Distribution and causation of leprosy in British India
Year: 1875
Disease focus: Leprosy
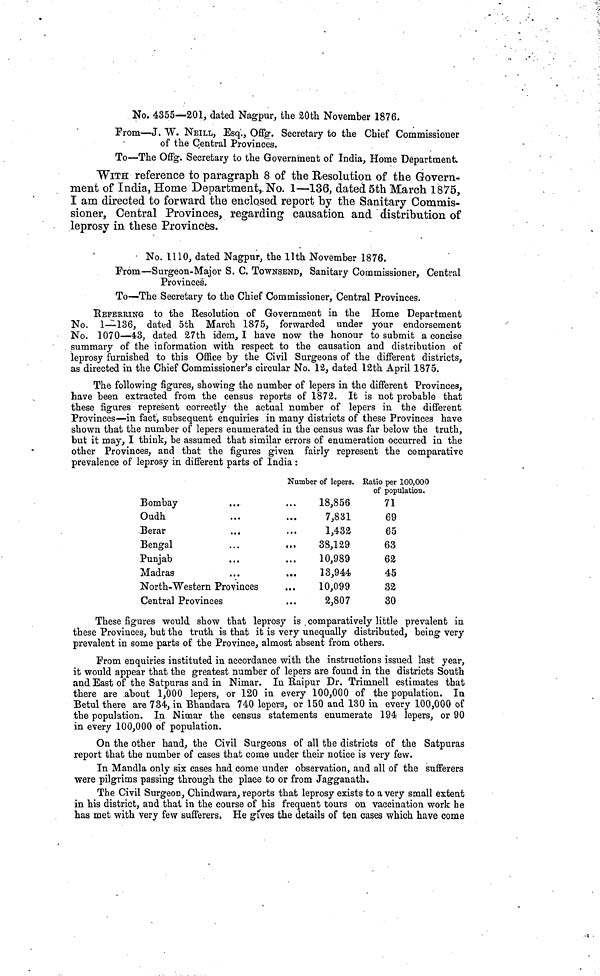
No. 4355—201., dated Nagpur, the 20th November 1876.
From—J. W. NEILL, Esq., Offg. Secretary to the Chief Commissioner
of the Central Provinces.
To—The Offg. Secretary to the Government of India, Home Department,
WITH reference to paragraph 8 of the Resolution of the Govern-
ment of India, Home Department, No. 1—136, dated 5th March 1875,
I am directed to forward the enclosed report hy the Sanitary Commis-
sioner, Central Provinces, regarding causation and distribution of
leprosy in these Provinces.
No. 1110, dated Nagpur, the llth November 1876.
From—Surgeon-Major S. C. TOWNSEND, Sanitary Commissioner, Central
Provinces.
To—The Secretary to the Chief Commissioner, Central Provinces.
REFERRING to the Resolution of Government in the Home Department
No. 1—136, dated 5th March 1875, forwarded under your endorsement
No. 1070—43, dated 27th idem, I have now the honour to submit a concise
summary of the information with respect to the causation and distribution of
leprosy furnished to this Office by the Civil Surgeons of the different districts,
as directed in the Chief Commissioner's circular No. 12, dated 12th April 1875.
The following figures, showing the number of lepers in the different Provinces,
have been extracted from the census reports of 1872. It is not probable that
these figures represent correctly the actual number of lepers in the different
Provinces—in fact, subsequent enquiries in many districts of these Provinces have
shown that the number of lepers enumerated in the census was far below the truth,
but it may, I think, be assumed that similar errors of enumeration occurred in the
other Provinces, and that the figures given fairly represent the comparative
prevalence of leprosy in different parts of India :
Number of lepers. Ratio per 100,000
of population.
Bombay
Oudh
Berar
Bengal
Punjab
Madras
North-Western Provinces
Central Provinces
18,856
7,831
1,432
38,129
10,989
13,944
10,099
2,807
71
69
65
63
62
45
32
30
These figures would show that leprosy is comparatively little prevalent in
these Provinces, but the truth is that it is very unequally distributed, being very
prevalent in some parts of the Province, almost absent from others.
From enquiries instituted in accordance with the instructions issued last year,
it would appear that the greatest number of lepers are found in the districts South
and East of the Satpuras and in Nimar. In Raipur Dr. Trimnell estimates that
there are about 1,000 lepers, or 120 in every 100,000 of the population. In
Betul there are 734, in Bhandara 740 lepers, or 150 and 130 in every 100,000 of
the population. In Nimar the census statements enumerate 194 lepers, or 90
in every 100,000 of population,
On the other hand, the Civil Surgeons of all the districts of the Satpuras
report that the number of cases that come under their notice is very few.
In Mandla only six cases had come under observation, and all of the sufferers
were pilgrims passing through the place to or from Jagganath.
The Civil Surgeon, Chindwara, reports that leprosy exists to a very small extent
in his district, and that in the course of his frequent tours on vaccination work he
has met with very few sufferers. He gives the details of ten cases which have come